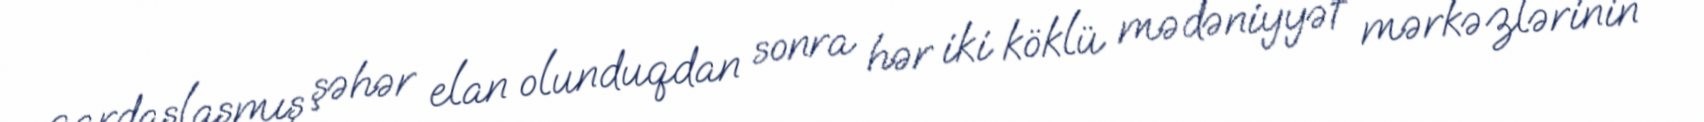
qardaşlaşmış şəhər elan olunduqdan sonra hər iki köklü mədəniyyət mərkəzlərinin